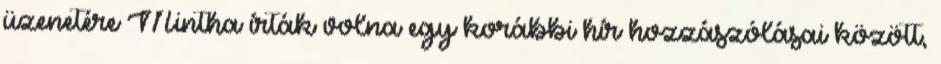
üzenetére Mintha írták volna egy korábbi hír hozzászólásai között,